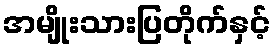
အမျိုးသားပြတိုက်နှင့်